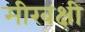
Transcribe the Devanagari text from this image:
मीरबक्षी